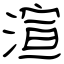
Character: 渲